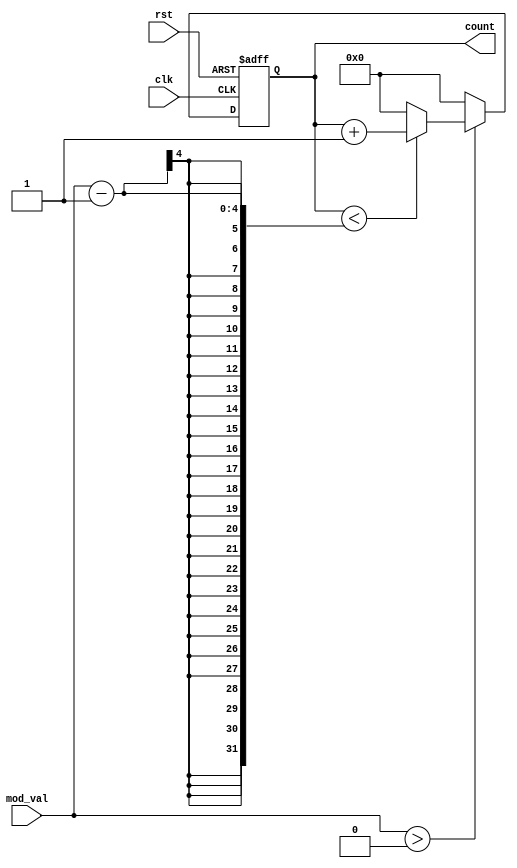
module modulus_counter (
    input wire clk,              // Clock signal
    input wire rst,              // Asynchronous active-high reset
    input wire [3:0] mod_val,    // Programmable modulus value (inclusive of 0 to 15)
    output reg [3:0] count       // Current count value (4-bit)
);

    // Process for the counter
    always @(posedge clk or posedge rst) begin
        if (rst) begin
            // Reset the counter on reset signal
            count <= 0;
        end else begin
            // Check if mod_val is greater than 0 for counting
            if (mod_val > 0) begin
                // Increment the counter
                if (count < (mod_val - 1)) begin
                    count <= count + 1;
                end else begin
                    // Wrap around to 0 when reaching modulus value
                    count <= 0;
                end
            end else begin
                // If mod_val is 0 or 1, force count to 0
                count <= 0;
            end
        end
    end

endmodule